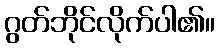
ဂွတ်ဘိုင်လိုက်ပါ၏။